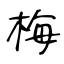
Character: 梅